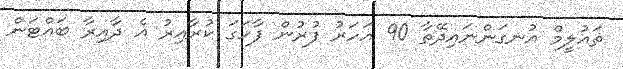
ތައުލީމް އުނގަންނައިދޭތާ 90 އަހަރު ފުރުން ފާހަގަ ކުރާއިރު އެ ދާއިރާ ބައްޓަން